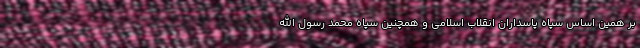
بر همین اساس سپاه پاسداران انقلاب اسلامی و همچنین سپاه محمد رسول الله